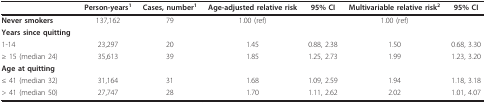
|  | Person-years1 | Cases, number1 | Age-adjusted relative risk | 95% CI | Multivariable relative risk2 | 95% CI |
 | --- | --- | --- | --- | --- | --- | --- |
 | Never smokers | 137,162 | 79 | 1.00 (ref) |  | 1.00 (ref) |  |
 | Years since quitting |  |  |  |  |  |  |
 | 1-14 | 23,297 | 20 | 1.45 | 0.88, 2.38 | 1.50 | 0.68, 3.30 |
 | ≥ 15 (median 24) | 35,613 | 39 | 1.85 | 1.25, 2.73 | 1.99 | 1.23, 3.20 |
 | Age at quitting |  |  |  |  |  |  |
 | ≤ 41 (median 32) | 31,164 | 31 | 1.68 | 1.09, 2.59 | 1.94 | 1.18, 3.18 |
 | > 41 (median 50) | 27,747 | 28 | 1.70 | 1.11, 2.62 | 2.02 | 1.01, 4.07 |